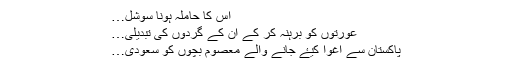
اس کا حاملہ ہونا سوشل…
عورتوں کو برہنہ کر کے ان کے گردوں کی تبدیلی…
پاکستان سے اغوا کیۓ جانے والے معصوم بچوں کو سعودی…